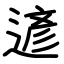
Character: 遃